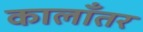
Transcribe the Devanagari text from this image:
कालाँतर